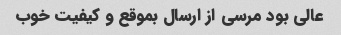
عالی بود مرسی از ارسال بموقع و کیفیت خوب